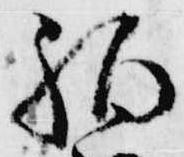
狛